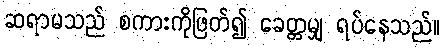
ဆရာမသည် စကားကိုဖြတ်၍ ခေတ္တမျှ ရပ်နေသည်။